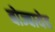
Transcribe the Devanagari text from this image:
बोज्बायेव